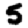
Digit: 5